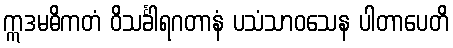
ဣဒမဓိကတံ ဝိသင်္ခါရဂတာနံ ပသံသာဝသေန ပါတာပေတိ